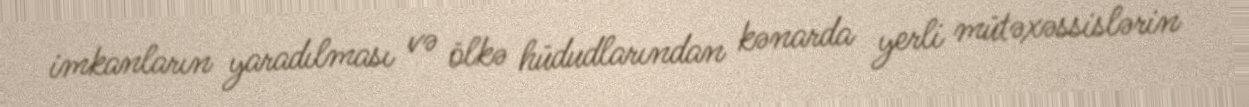
imkanların yaradılması və ölkə hüdudlarından kənarda yerli mütəxəssislərin